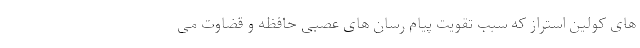
های کولین استراز که سبب تقویت پیام رسان های عصبی حافظه و قضاوت می